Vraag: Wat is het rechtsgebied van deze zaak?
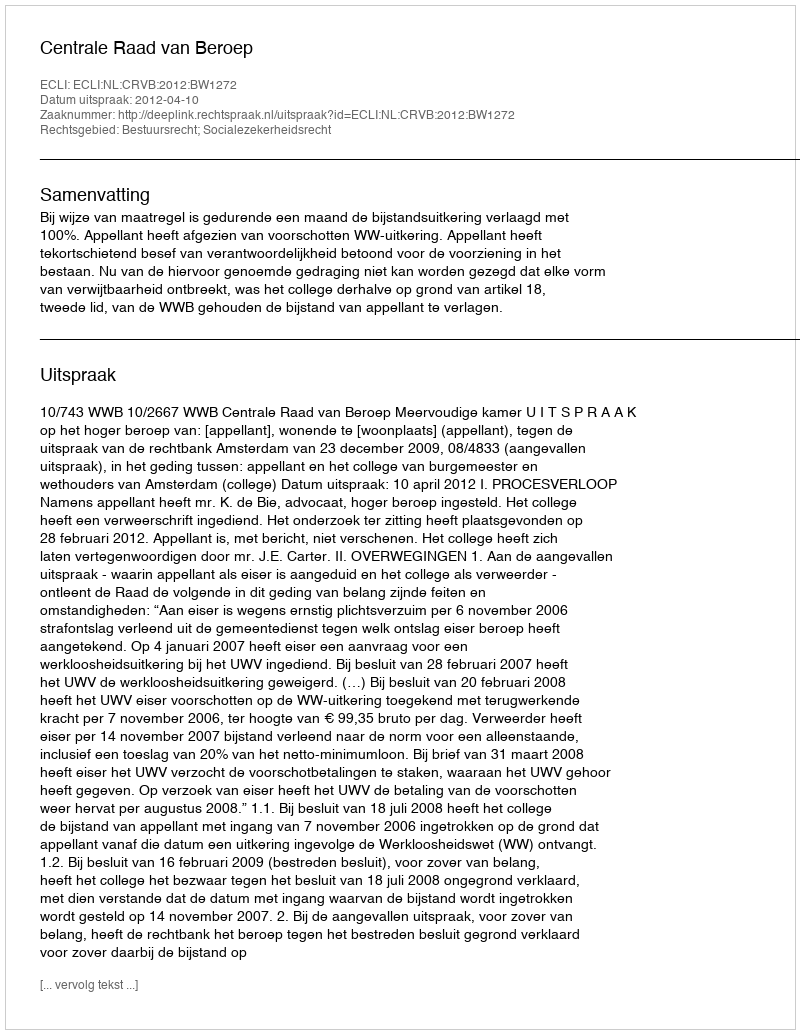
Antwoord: Bestuursrecht; Socialezekerheidsrecht